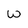
Character: w